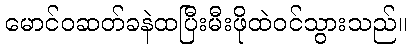
မောင်ဝဆတ်ခနဲထပြီးမီးဖိုထဲဝင်သွားသည်။